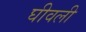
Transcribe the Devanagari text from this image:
घीवली